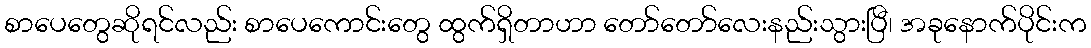
စာပေတွေဆိုရင်လည်း စာပေကောင်းတွေ ထွက်ရှိတာဟာ တော်တော်လေးနည်းသွားပြီ၊ အခုနောက်ပိုင်းက